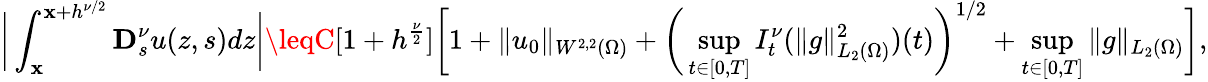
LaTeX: \bigg|\int_{\mathbf{x}}^{\mathbf{x}+h^{\nu/2}}\mathbf{{D}}_{s}^{\nu}u(z,s)dz\bigg|\leqC[1+h^{\frac{{\nu}}{{2}}}]\bigg[1+\| u_{0}\| _{W^{2,2}(\Omega)}+\bigg(\underset{t\in[0,T]}{\operatorname*{sup}}I_{t}^{\nu}(\| g\| _{L_{2}(\Omega)}^{2})(t)\bigg)^{1/2}+\underset{t\in[0,T]}{\operatorname*{sup}}\| g\| _{L_{2}(\Omega)}\bigg],